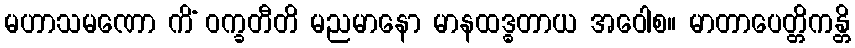
မဟာသမဏော ကိံ ဝက္ခတီတိ မညမာနော မာနထဒ္ဓတာယ အဝေါစ။ မာတာပေတ္တိကန္တိ